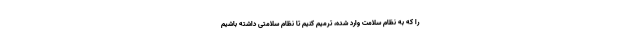
را که به نظام سلامت وارد شده، ترمیم کنیم تا نظام سلامتی داشته باشیم